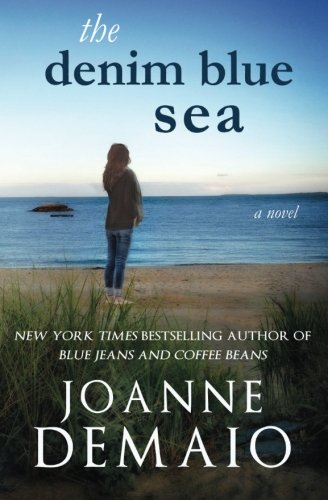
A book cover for The Denim Blue Sea; Joanne DeMaio; Literature & Fiction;